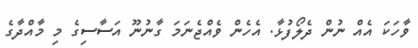
ވާހަކަ އެއް ނުން ދެލޯފުޅާ. އެހެން ވެއްޖެނަމަ ގާނުނޫ އަސާސިގެ މި މާއްދާގެ